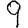
Digit: 9